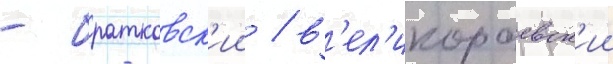
- братковск'ии / в'ел'икораевск'ии